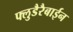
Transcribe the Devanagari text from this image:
फ्लुडैरैबाईन